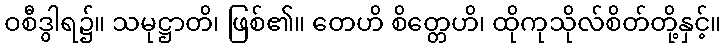
ဝစီဒွါရ၌။ သမုဋ္ဌာတိ၊ ဖြစ်၏။ တေဟိ စိတ္တေဟိ၊ ထိုကုသိုလ်စိတ်တို့နှင့်။